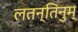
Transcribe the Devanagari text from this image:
लतन्तिनुम्